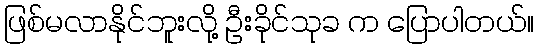
ဖြစ်မလာနိုင်ဘူးလို့ ဦးခိုင်သုခ က ပြောပါတယ်။